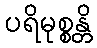
ပရိမုစ္စန္တိ